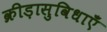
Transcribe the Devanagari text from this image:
क्रीड़ासुविधाएँ